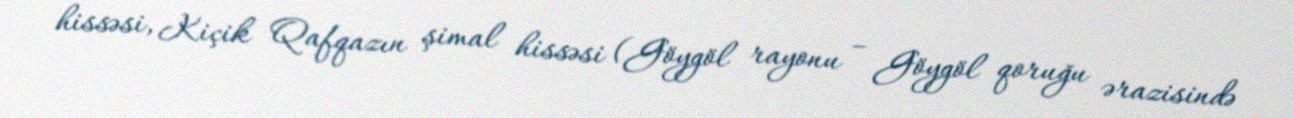
hissəsi, Kiçik Qafqazın şimal hissəsi (Göygöl rayonu – Göygöl qoruğu ərazisində